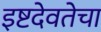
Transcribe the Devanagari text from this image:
इष्टदेवतेचा